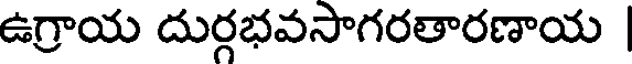
ఉగ్రాయ దుర్గభవసాగరతారణాయ